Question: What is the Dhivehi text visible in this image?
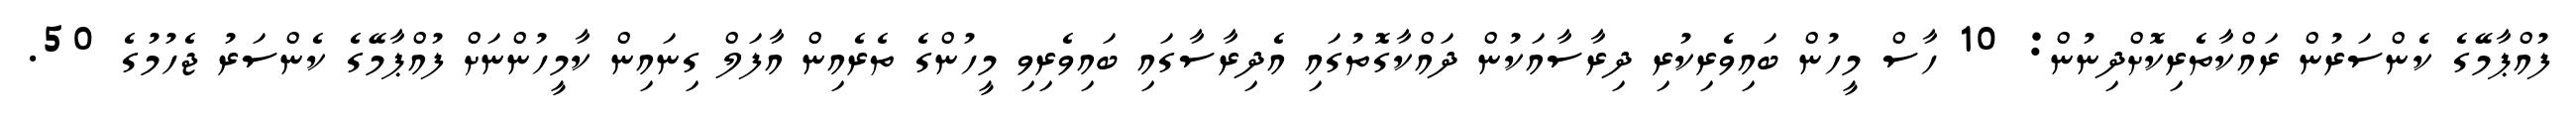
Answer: ފުއްޕާމޭގެ ކެންސަރުން ރައްކާތެރިކޮށްދިނުން: 10 ހާސް މީހުން ބައިވެރިކުރި ދިރާސާއަކުން ދައްކާގޮތުގައި އެދިރާސާގައި ބައިވެރިވި މީހުންގެ ތެރެއިން އާފަލް ގިނައިން ކާމީހުންނަށް ފުއްޕާމޭގެ ކެންސަރު ޖެހުމުގެ 50.